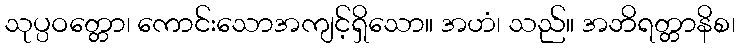
သုပ္ပဝတ္တော၊ ကောင်းသောအကျင့်ရှိသော။ အဟံ၊ သည်။ အဘိရတ္တာနိစ၊